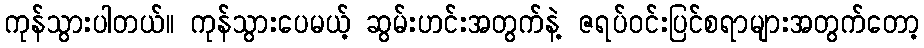
ကုန်သွားပါတယ်။ ကုန်သွားပေမယ့် ဆွမ်းဟင်းအတွက်နဲ့ ဇရပ်ဝင်းပြင်စရာများအတွက်တော့